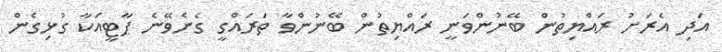
އަދި އެރަށު ރައްޔިތުން ބޭނުންވަނީ ރައްޔިތުން ބޭނުންވާ ތަރައްގީ ގެނެވޭނެ ޕާޓީއަކާ ގުޅިގެން